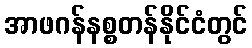
အာဖဂန်နစ္စတန်နိုင်ငံတွင်